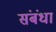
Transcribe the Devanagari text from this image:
संबंधा